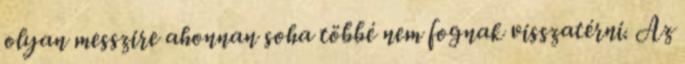
olyan messzire ahonnan soha többé nem fognak visszatérni. Az